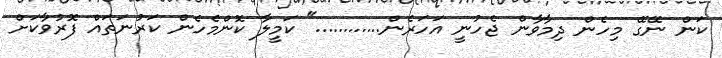
ކަން ނޭގޭ މިހެން ދިމާވާން ޖެހުނީ އަހަރެން............" ކަމީލާ ކޮންމެހެން ކަރުނަތައް ފޮރުވާކަށް